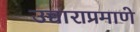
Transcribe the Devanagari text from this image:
उच्चाराप्रमाणे